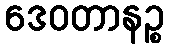
ဒေဝတာနဉ္စ